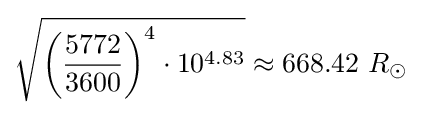
{\sqrt {\left({\frac {5772}{3600}}\right)^{4}\cdot 10^{4.83}}}\approx 668.42\ R_{\odot }